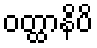
ဝတ္ထာနိပိ